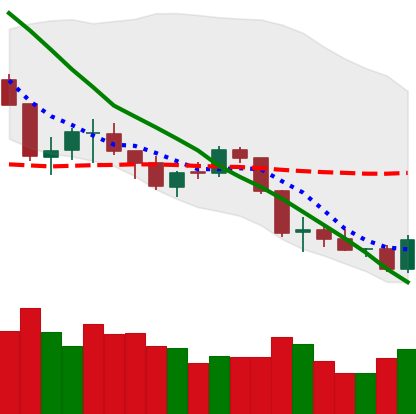
Ticker: BTC-USD
Chart end date: 2018-05-29
Forward return: 3.314%
Label: up_3_5